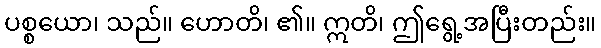
ပစ္စယော၊ သည်။ ဟောတိ၊ ၏။ ဣတိ၊ ဤရွေ့အပြီးတည်း။